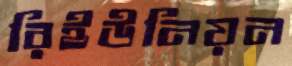
রিইউনিয়ন